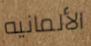
الألمانيه